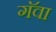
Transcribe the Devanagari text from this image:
गॅवा